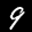
Digit: 9